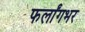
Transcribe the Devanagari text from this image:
फर्लांगभर